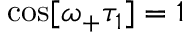
\cos [ \omega _ { + } \tau _ { 1 } ] = 1